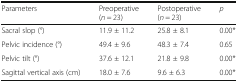
| Parameters | Preoperative (n = 23) | Postoperative (n = 23) | p |
 | --- | --- | --- | --- |
 | Sacral slop (°) | 11.9 ± 11.2 | 25.8 ± 8.1 | 0.00* |
 | Pelvic incidence (°) | 49.4 ± 9.6 | 48.3 ± 7.4 | 0.65 |
 | Pelvic tilt (°) | 37.6 ± 12.1 | 21.8 ± 9.8 | 0.00* |
 | Sagittal vertical axis (cm) | 18.0 ± 7.6 | 9.6 ± 6.3 | 0.00* |